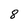
Character: 8